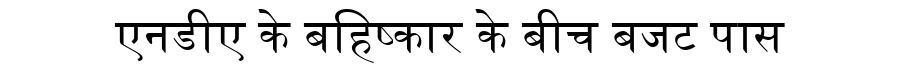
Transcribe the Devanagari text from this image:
एनडीए के बहिष्कार के बीच बजट पास